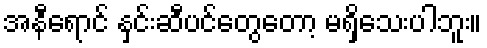
အနီရောင် နှင်းဆီပင်တွေတော့ မရှိသေးပါဘူး။